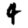
Digit: 4